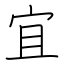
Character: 宜